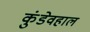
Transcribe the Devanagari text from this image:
कुंडेवहाल